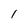
Character: 1